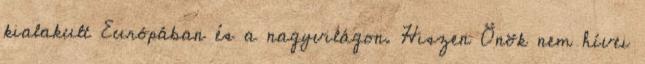
kialakult Európában és a nagyvilágon. Hiszen Önök nem hívei